Report of the Indian Hemp Drugs Commission, 1894-1895 - Volume VI
Year: 1894
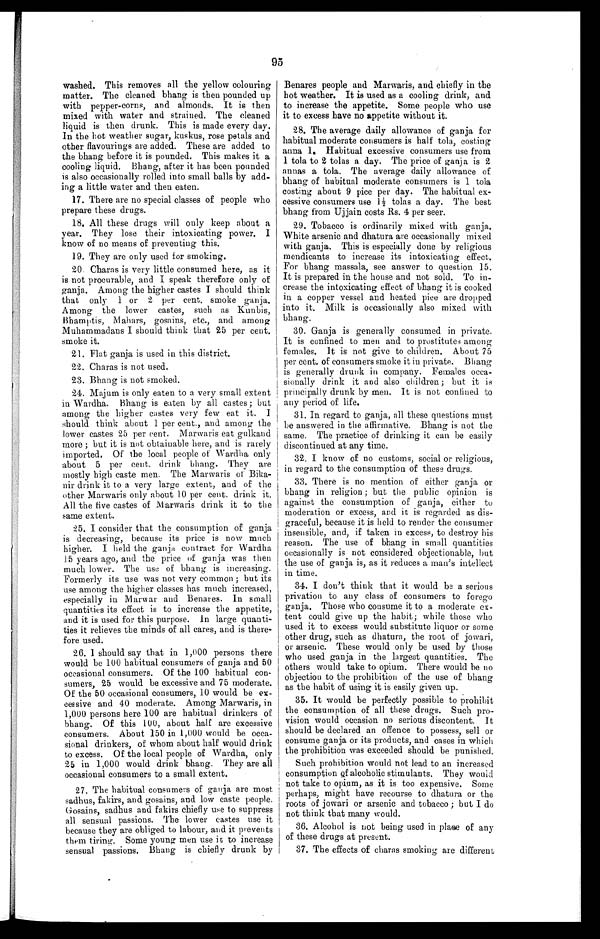
washed. This removes all the yellow colouring
matter. The cleaned bhang is then pounded up
with pepper-corns, and almonds. It is then
mixed with water and strained. The cleaned
liquid is then drunk. This is made every day.
In the hot weather sugar, kuskus, rose petals and
other flavourings are added. These are added to
the bhang before it is pounded. This makes it a
cooling liquid. Bhang, after it has been pounded
is also occasionally rolled into small balls by add-
ing a little water and then eaten.
17. There are no special classes of people who
prepare these drugs.
18. All these drugs will only keep about a
year. They lose their intoxicating power. I
know of no means of preventing this.
19. They are only used for smoking.
20. Charas is very little consumed here, as it
is not procurable, and I speak therefore only of
ganja. Among the higher castes I should think
that only 1 or 2 per cent. smoke ganja.
Among the lower castes, such as Kunbis,
Bhamptis, Mahars, gosains, etc., and among
Muhammadans I should think that 25 per cent.
smoke it.
21. Flat ganja is used in this district.
22. Charas is not used.
23. Bhang is not smoked.
24. Majum is only eaten to a very small extent
in Wardha. Bhang is eaten by all castes; but
among the higher castes very few eat it. I
should think about 1 per cent., and among the
lower castes 25 per cent. Marwaris eat gulkand
more ; but it is not obtainable here, and is rarely
imported. Of the local people of Wardha only
about 5 per cent. drink bhang. They are
mostly high caste men. The Marwaris of Bika-
nir drink it to a very large extent, and of the
other Marwaris only about 10 per cent. drink it.
All the five castes of Marwaris drink it to the
same extent.
25. I consider that the consumption of ganja
is decreasing, because its price is now much
higher. I held the ganja contract for Wardha
15 years ago, and the price of ganja was then
much lower. The use of bhang is increasing.
Formerly its use was not very common ; but its
use among the higher classes has much increased,
especially in Marwar and Benares. In small
quantities its effect is to increase the appetite,
and it is used for this purpose. In large quanti-
ties it relieves the minds of all cares, and is there-
fore used.
26. I should say that in 1,000 persons there
would be 100 habitual consumers of ganja and 50
occasional consumers. Of the 100 habitual con-
sumers, 25 would be excessive and 75 moderate.
Of the 50 occasional consumers, 10 would be ex-
cessive and 40 moderate. Among Marwaris, in
1,000 persons here 100 are habitual drinkers of
bhang. Of this 100, about half are excessive
consumers. About 150 in 1,000 would be occa-
sional drinkers, of whom about half would drink
to excess. Of the local people of Wardha, only
25 in 1,000 would drink bhang. They are all
occasional consumers to a small extent.
27. The habitual consumers of ganja are most
sadhus, fakirs, and gosains, and low caste people.
Gosains, sadhus and fakirs chiefly use to suppress
all sensual passions. The lower castes use it
because they are obliged to labour, and it prevents
them tiring. Some young men use it to increase
sensual passions. Bhang is chiefly drunk by
Benares people and Marwaris, and chiefly in the
hot weather. It is used as a cooling drink, and
to increase the appetite. Some people who use
it to excess have no appetite without it.
28. The average daily allowance of ganja for
habitual moderate consumers is half tola, costing
anna 1. Habitual excessive consumers use from
1 tola to 2 tolas a day. The price of ganja is 2
annas a tola. The average daily allowance of
bhang of habitual moderate consumers is 1 tola
costing about 9 pice per day. The habitual ex-
cessive consumers use 1 1/2t o l a s a d a y . T h e b e s t
bhang from Ujjain costs Rs. 4 per seer.
29. Tobacco is ordinarily mixed with ganja.
White arsenic and dhatura are occasionally mixed
with ganja. This is especially done by religious
mendicants to increase its intoxicating effect.
For bhang massala, see answer to question 15.
It is prepared in the house and not sold. To in-
crease the intoxicating effect of bhang it is cooked
in a copper vessel and heated pice are dropped
into it. Milk is occasionally also mixed with
bhang.
30. Ganja is generally consumed in private.
It is confined to men and to prostitutes among
females. It is not give to children. About 75
per cent. of consumers smoke it in private. Bbang
is generally drunk in company. Females occa-
sionally drink it and also children; but it is
principally drunk by men. It is not confined to
any period of life.
31. In regard to ganja, all these questions must
be answered in the affirmative. Bhang is not the
same. The practice of drinking it can be easily
discontinued at any time.
32. I know of no customs, social or religious,
in regard to the consumption of these drugs.
33. There is no mention of either ganja or
bhang in religion ; but the public opinion is
against the consumption of ganja, either to
moderation or excess, and it is regarded as dis-
graceful, because it is held to render the consumer
insensible, and, if taken in excess, to destroy his
reason. The use of bhang in small quantities
occasionally is not considered objectionable, but
the use of ganja is, as it reduces a man's intellect
in time.
34. I don't think that it would be a serious
privation to any class of consumers to forego
ganja. Those who consume it to a moderate ex-
tent could give up the habit; while those who
used it to excess would substitute liquor or some
other drug, such as dhatura, the root of jowari,
or arsenic. These would only be used by those
who used ganja in the largest quantities. The
others would take to opium. There would be no
objection to the prohibition of the use of bhang
as the habit of using it is easily given up.
35. It would be perfectly possible to prohibit
the consumption of all these drugs. Such pro-
vision would occasion no serious discontent. It
should be declared an offence to possess, sell or
consume ganja or its products, and cases in which
the prohibition was exceeded should be punished.
Such prohibition would not lead to an increased
consumption of alcoholic stimulants. They would
not take to opium, as it is too expensive. Some
perhaps, might have recourse to dhatura or the
roots of jowari or arsenic and tobacco ; but I do
not think that many would.
36. Alcohol is not being used in place of any
of these drugs at present.
37. The effects of charas smoking are different